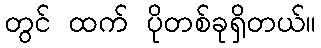
တွင် ထက် ပိုတစ်ခုရှိတယ်။